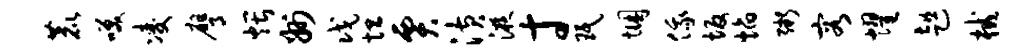
鹿笑凌膺煨州戊坦贾潢液寸珉悃俄坂焰粥容耀趄械